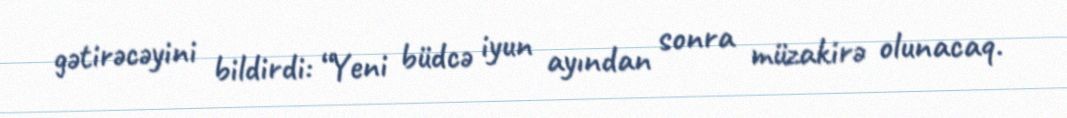
gətirəcəyini bildirdi: “Yeni büdcə iyun ayından sonra müzakirə olunacaq.